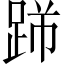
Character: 𨃋